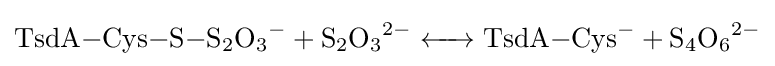
{\ce {TsdA-Cys-S-S2O3^- + S2O3^2- <-> TsdA-Cys^- + S4O6^2-}}